Vaccination report Assam 1896-1927 - 1896-1927
Year: 1896
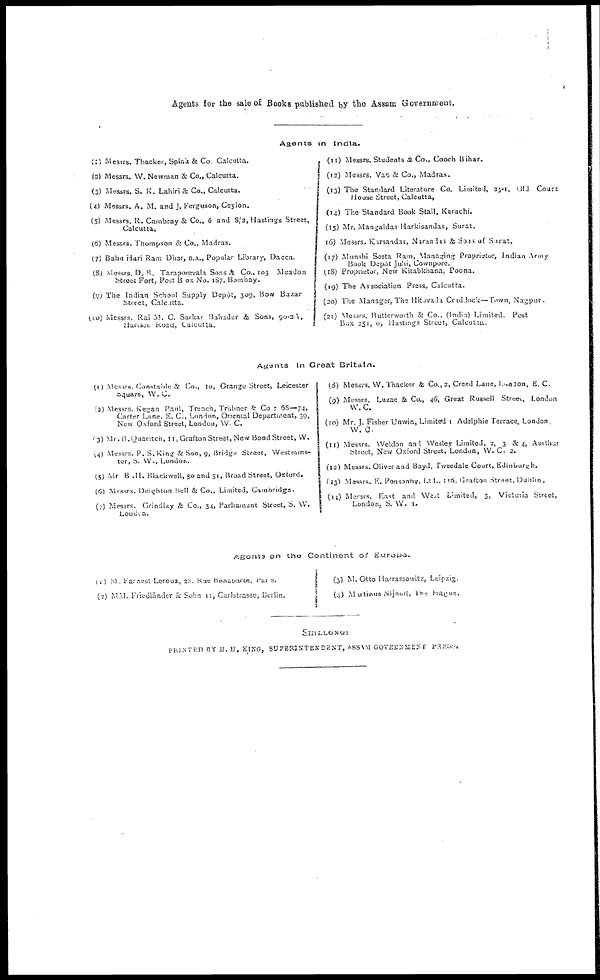
Agents for the sale of Books published by the Assam Government.
Agents in India.
(1) Messrs. Thacker, Spink & Co Calcutta.
(2) Messrs. W. Newman & Co., Calcutta.
(3) Messrs. S. K. Lahiri & Co., Calcutta.
(4) Messrs. A. M. and J. Ferguson, Ceylon.
(5) Messrs. R. Cambray & Co., 6 and 8/2, Hastings Street,
Calcutta.
(6) Messrs. Thompson & Co., Madras.
(7) Babu Hari Ram Dhar, B.A., Popular Library, Dacca.
(8) Messrs. D. B. Taraporevala Sons & Co., 103 Meadon
Street Fort, Post Box No. 187. Bombay.
(9) The Indian School Supply Depôt, 309, Bow Bazar
Street, Calcutta.
(10) Messrs. Rai M. C. Sarkar Bahadur & Sons, 90-2A,
Hariscer, Road. Calcutta.
(11) Messrs. Students & Co., Cooch Bihar.
(12) Messrs. Vas & Co., Madras.
(13) The Standard Literature Co. Limited, 23-1, Old Court
House Street, Calcutta,
(14) The Standard Book Stall, Karachi.
(15) Mr. Mangaldas Harkisandas, Surat.
16) Messrs. Kirsandas, Narandis & Sons of Surat.
(17) Munshi Seeta Ram, Managing Proprietor, Indian Army
Book Depôt Juhi, Cownpore.
(18) Proprietor, New Kitabknana, Poona.
(19) The Association Press, Calcutta.
(20) The Manager, The Hitavada Crad lock—Town, Nagpur.
(21) Messrs. Butterworth & Co . (India) Limited. Post
Box 251, 0, Hastings Street, Calcutta.
Agents In Great Britain.
(1) Messrs Constable & Co., 10, Orange Street, Leicester
Square, W. C.
(2) Messrs. Kegan Paul, Prencn, Trubner & Co , 68—74,
Carter Lane, E. C., London, Oriental Department, 39,
New Oxford Street, London, W. C.
(3) Mr. B.Quaritch, 11, Grafton Street, New Bond Street, W.
(4) Messrs. P. S. King & Son, 9, Bridge Street, Westmins-
ter, S. W., London.
(5) Mr B .H. Blackwell, 50 and 51, Broad Street, Oxford.
(6) Messrs. Deighton Bell & Co., Limited, Cambridge.
(7) Messrs. Grindlay & Co., 54, Parliament Street, S. W.
London.
(8) Messrs. W. Thacker & Co., 2, Creed Lane, London, E. C.
(9) Messrs. Luzac & Co., 46, Great Russell Street, London
W. C.
(10) Mr. J. Fisher Unwin, Limited 1 Adelphie Terrace London
W. C.
(11) Messrs. Weldon and Wesley Limited, 2, 3 & 4, Aurthur
Street, New Oxford Street, London, W. C. 2.
(12) Messrs. Oliver and Boyd, Tweedale Court, Edinburgh.
(13) Messrs. E. Ponsonby, Ltd., 116, Grafton street, Dublin.
(14) Messrs. East and West Limited, 3, Victoria Street,
London, S. W. I.
Agents on the Continent of Europe.
(1) M Earnest Leroux, 28 Rue Bonaparte, Paris.
(2) M. M. Triedlānder & Sohn 11, Carlstrasse, Berlin.
(3) M. Otto Harrassowitz, Leipzig.
(4) Mutinus Nijhoff, The Hague.
SHILLONG:
PRI NTED
BY H . H. KING, SUPERINTENDENT, ASSAM GOVERNMENT PRESS.